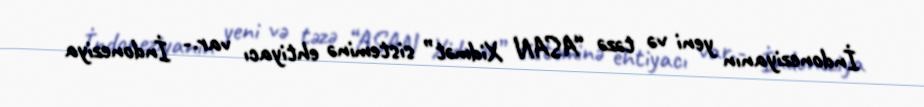
İndoneziyanın yeni və təzə “ASAN Xidmət” sisteminə ehtiyacı var.- İndoneziya